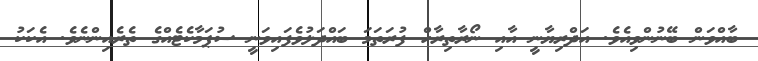
ބާއްވަން ބޭނުންވިއެވެ. އަދްރިޔާނީ އާއި ނޯރާތިރާހް ފުރަތަމަ ބައްދަލުވެފައިވަނީ ސުޕަމާކެޓެއްގެ ތެރެއިންނެވެ. އެކަކު